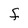
Character: f